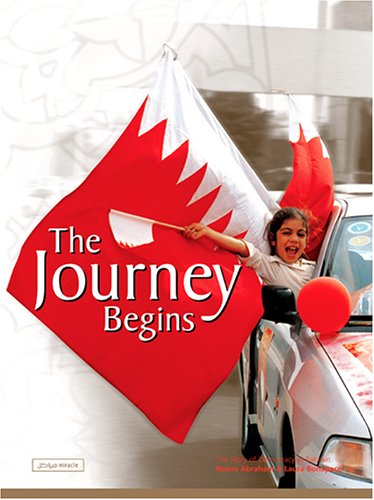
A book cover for The Journey Begins; Reena Abraham; History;